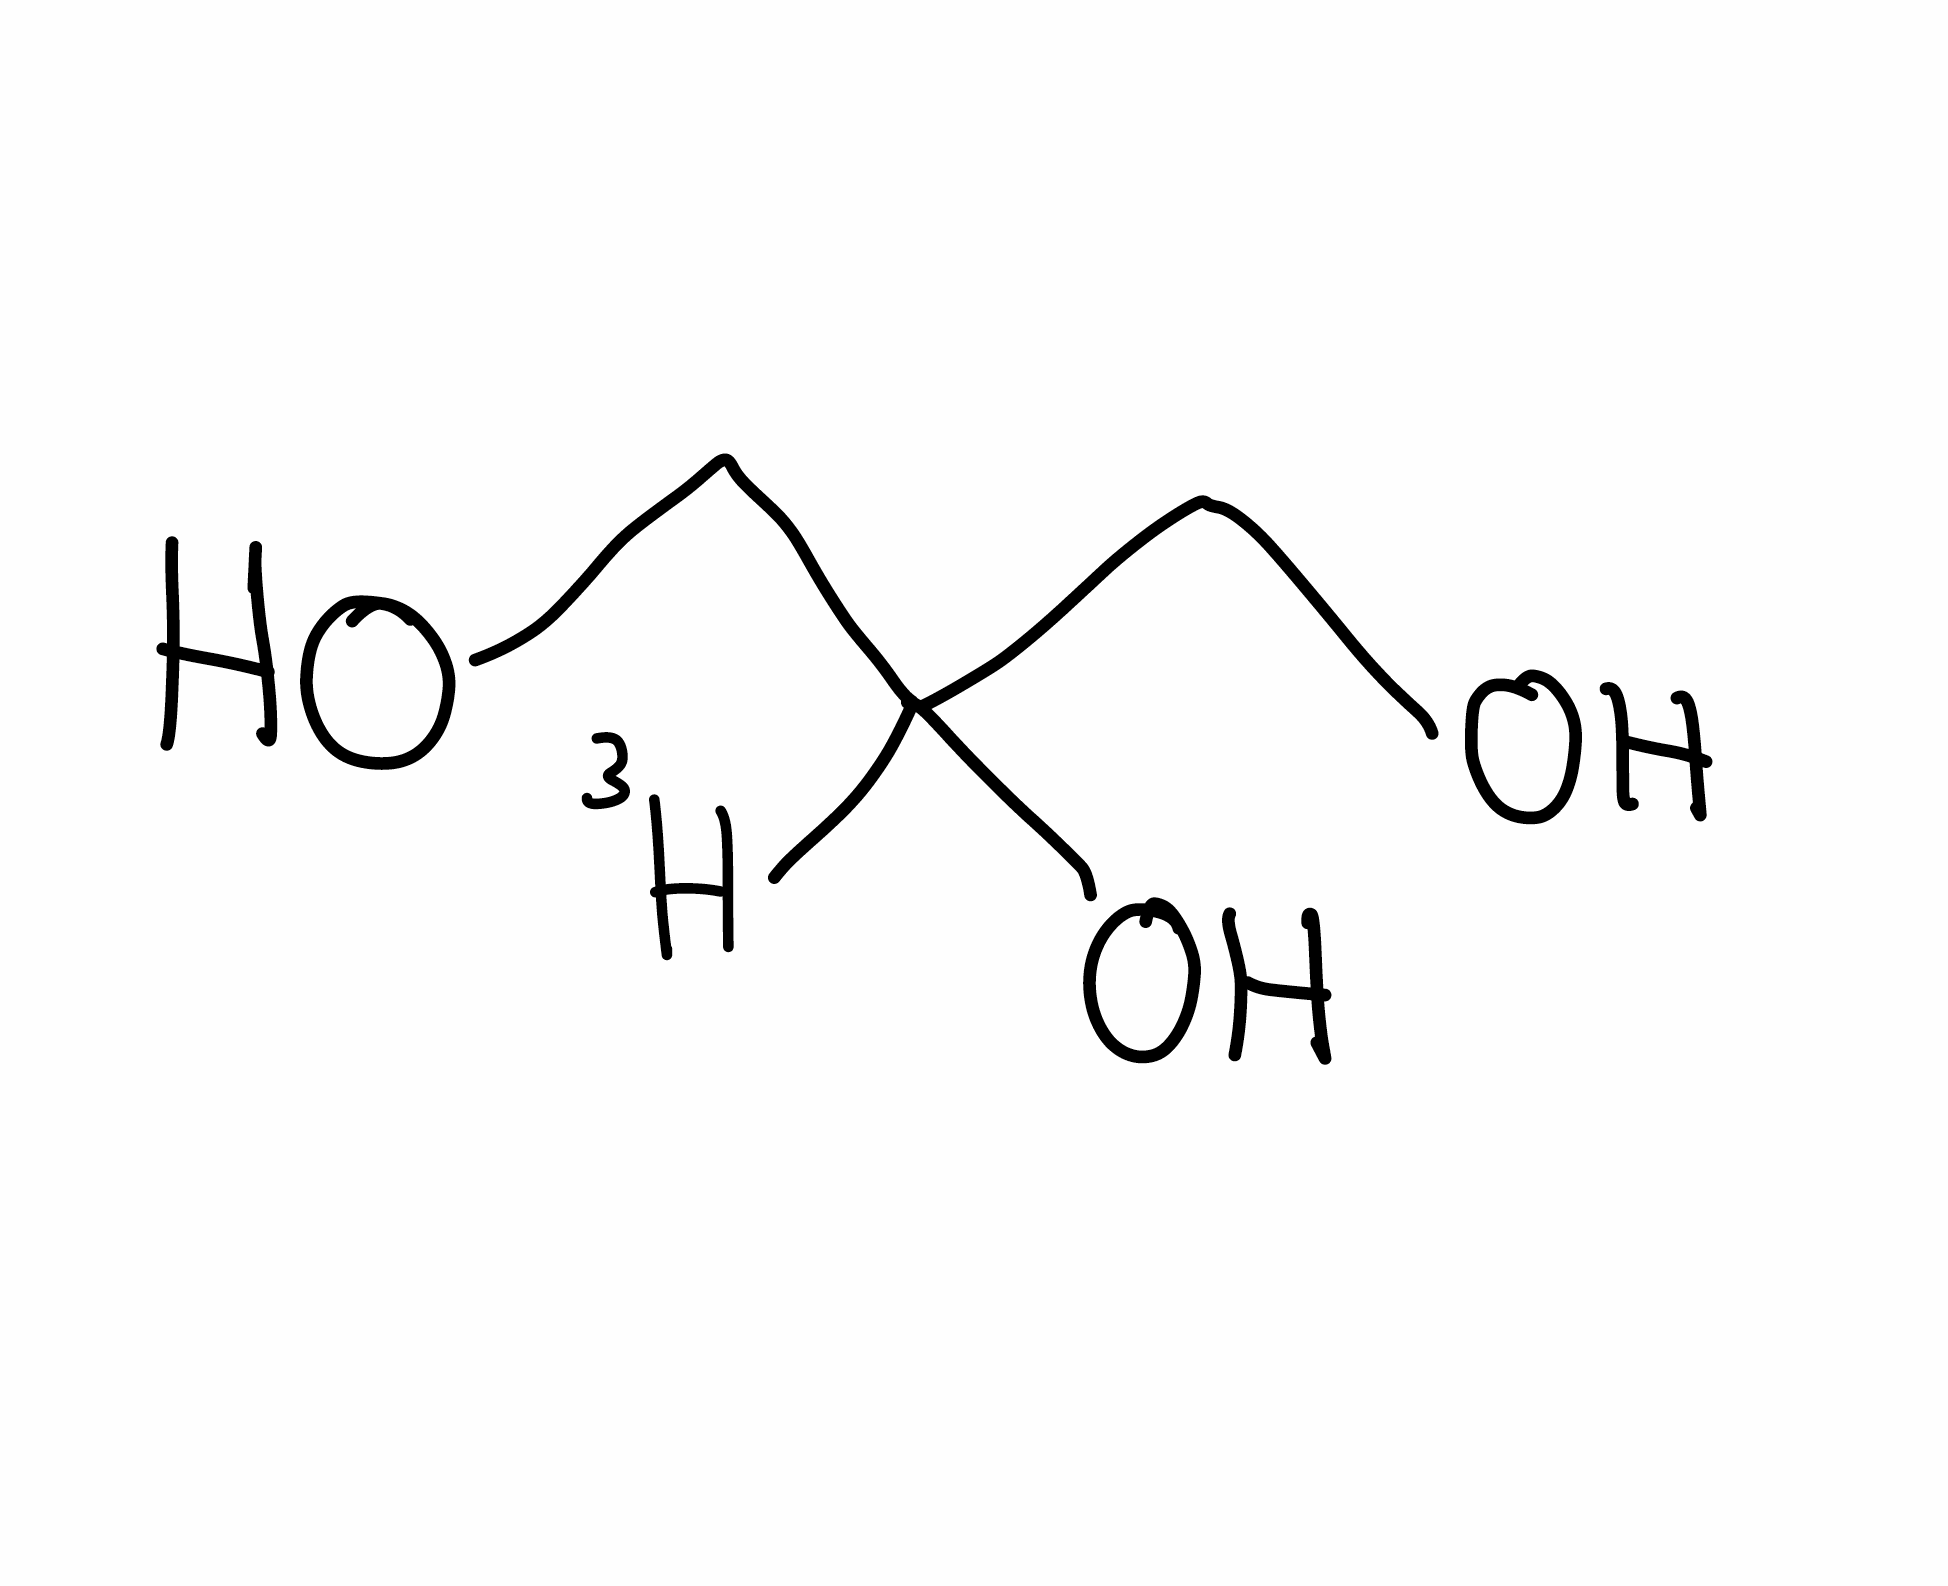
Simplified molecular-input line-entry system (SMILES) notation of the given molecule:
[3H]C(CO)(CO)O